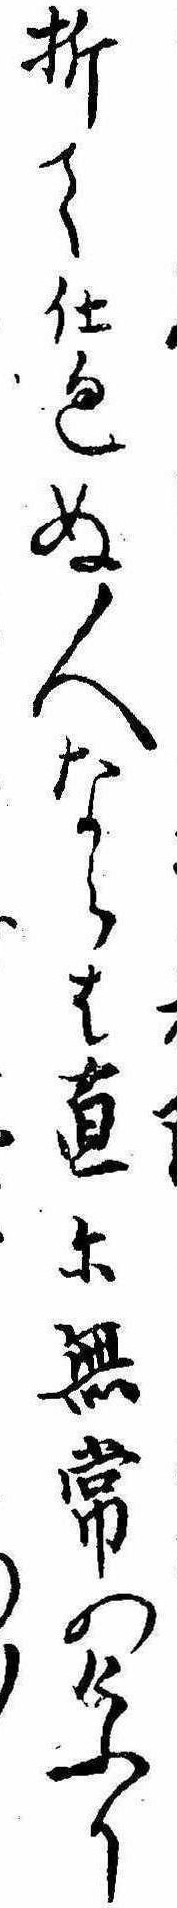
折て仕廻ぬ人ならは直に無常のけふり